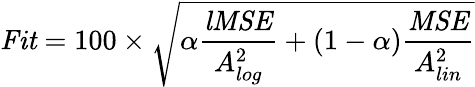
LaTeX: \mathit{Fit}=100\times\sqrt{\alpha\frac{\mathit{lMSE}}{A_{log}^{2}}+(1-\alpha)\frac{\mathit{MSE}}{A_{lin}^{2}}}